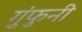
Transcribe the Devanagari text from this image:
गुंफुनी